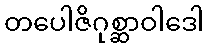
တပေါဇိဂုစ္ဆာဝါဒေါ